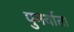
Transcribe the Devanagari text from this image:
पुनर्वाता